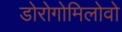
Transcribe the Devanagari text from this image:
डोरोगोमिलोवो